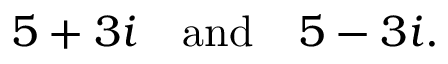
5 + 3 i \quad { \mathrm { a n d } } \quad 5 - 3 i .